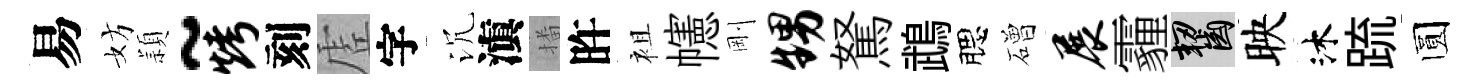
易妨頴~烤刻虗字沉滇播旿袓幰剛甥駑鵡腮磳展霾齧映沐䟽圆